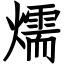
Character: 燸